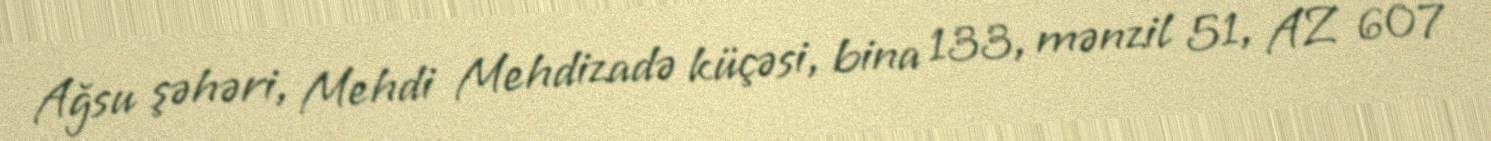
Ağsu şəhəri, Mehdi Mehdizadə küçəsi, bina 133, mənzil 51, AZ 607